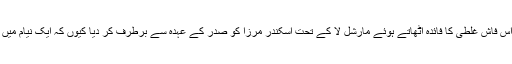
ایوب خان نے اسکندر مرزا کی اس فاش غلطی کا فائدہ اٹھاتے ہوئے مارشل لا کے تحت اسکندر مرزا کو صدر کے عہدہ سے برطرف کر دیا کیوں کہ ایک نیام میں دو تلواروں کا رہنا ممکن نہ تھا۔